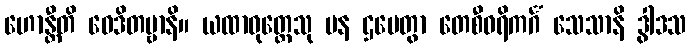
ဟောန္တီတိ ဝေဒိတဗ္ဗာနိ။ ယထာဝုတ္တေသု ပန ဌပေတွာ တေစီဝရိကင်္ဂံ သေသာနိ ဒွါဒသ